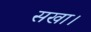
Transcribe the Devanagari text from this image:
सखा।